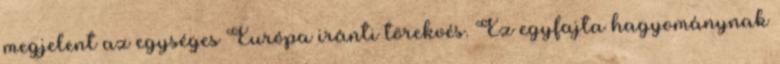
megjelent az egységes Európa iránti törekvés. Ez egyfajta hagyománynak